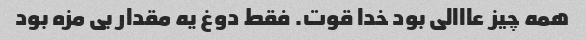
همه چیز عااالی بود خدا قوت. فقط دوغ یه مقدار بی مزه بود